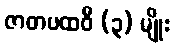
ဇာတပထဝီ (၃) မျိုး